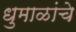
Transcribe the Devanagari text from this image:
धुमाळांचे